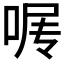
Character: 𰇰